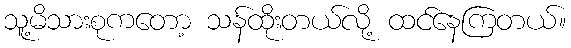
သူ့မိသားစုကတော့ သန်ထိုးတယ်လို့ ထင်နေကြတယ်။